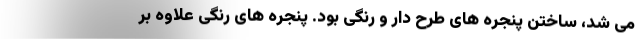
می شد، ساختن پنجره های طرح دار و رنگی بود. پنجره های رنگی علاوه بر